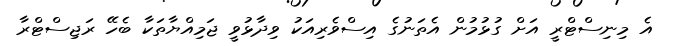
އެ މިނިސްޓްރީ އަށް ގުޅުމުން އެތަނުގެ އިސްވެރިއަކު ވިދާޅުވީ ޖަމިއްޔާތަކާ ބެހޭ ރަޖިސްޓްރާ